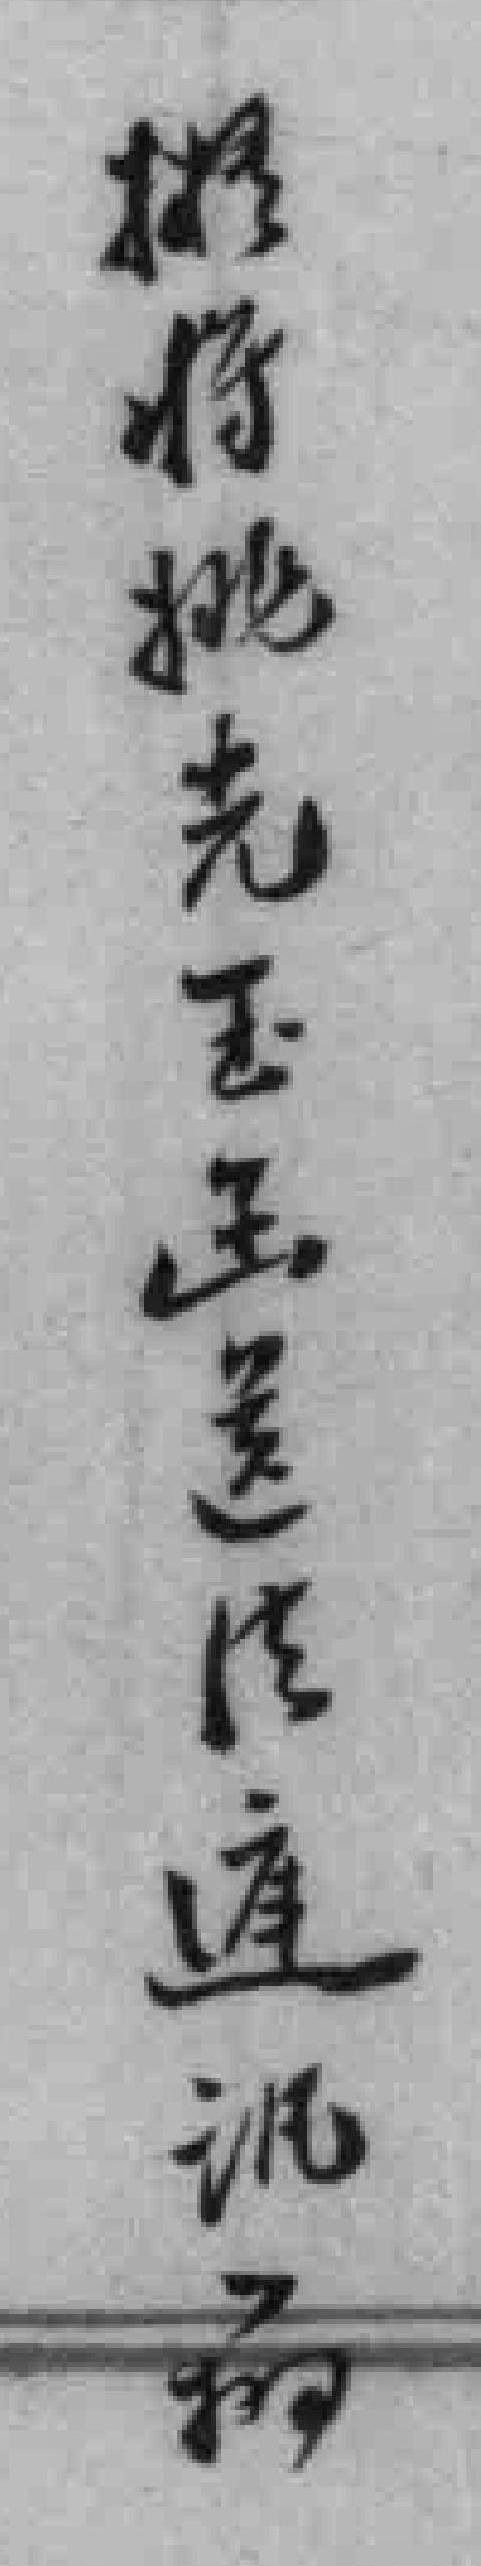
擬将姚光玉函送法庭讯*